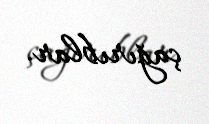
çağırıblar.